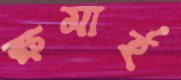
ক্ষমার্হ